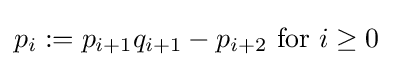
p_{i}:=p_{i+1}q_{i+1}-p_{i+2}{\text{ for }}i\geq 0